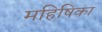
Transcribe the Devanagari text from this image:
महिषिका